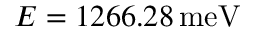
E = 1 2 6 6 . 2 8 \, \mathrm { m e V }